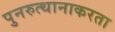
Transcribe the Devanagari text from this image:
पुनरुत्थानाकरता